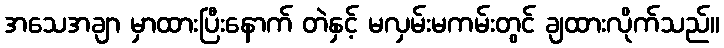
အသေအချာ မှာထားပြီးနောက် တဲနှင့် မလှမ်းမကမ်းတွင် ချထားလိုက်သည်။